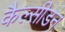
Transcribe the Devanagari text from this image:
कैल्सीडन